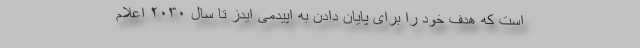
است که هدف خود را برای پایان دادن به اپیدمی ایدز تا سال ۲۰۳۰ اعلام